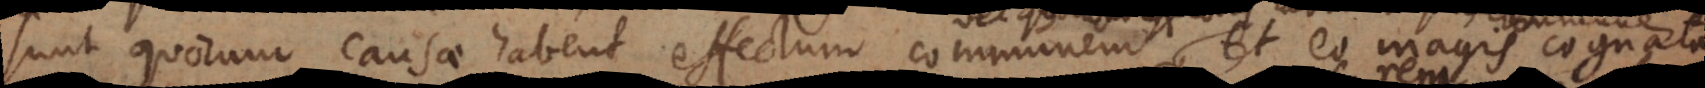
sunt quorum causae habent effectum communem vel quorum